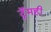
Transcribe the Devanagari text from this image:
ट्रॅमही